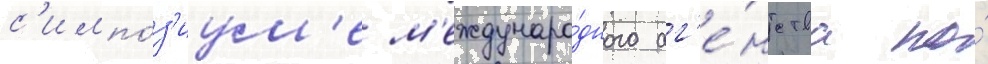
с'импо́з'иум'е м'еждунаро́дного аг'е́нтства по́